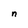
Character: n